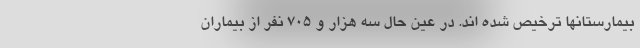
بیمارستانها ترخیص شده اند. در عین حال سه هزار و ۷۰۵ نفر از بیماران